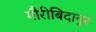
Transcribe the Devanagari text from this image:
गौरीबिदानूर